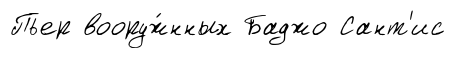
Пьер вооруж́нных Баджо Сант'ис